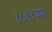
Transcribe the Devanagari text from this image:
१८९९च्या